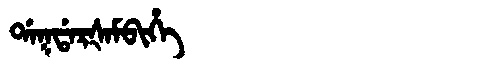
Manchu: ᡩᠠᡴᡩᠠᡵᡧᠠᠮᠪᡳᡥᡝ
Romanization: DAKDARŠAMBIHE